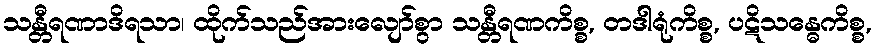
သန္တီရဏာဒိရသာ၊ ထိုက်သည်အားလျော်စွာ သန္တီရဏကိစ္စ, တဒါရုံကိစ္စ, ပဋိသန္ဓေကိစ္စ,